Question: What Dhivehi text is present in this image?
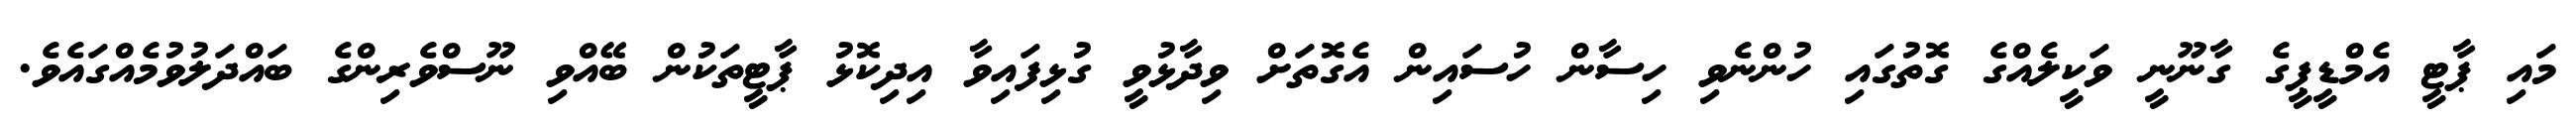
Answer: މައި ޕާޓީ އެމްޑީޕީގެ ގާނޫނީ ވަކީލެއްގެ ގޮތުގައި ހުންނެވި ހިސާން ހުސައިން އެގޮތަށް ވިދާޅުވީ ގުޅިފައިވާ އިދިކޮޅު ޕާޓީތަކުން ބޭއްވި ނޫސްވެރިންގެ ބައްދަލުވުމެއްގައެވެ.